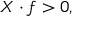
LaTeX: X \cdot f > 0 ,